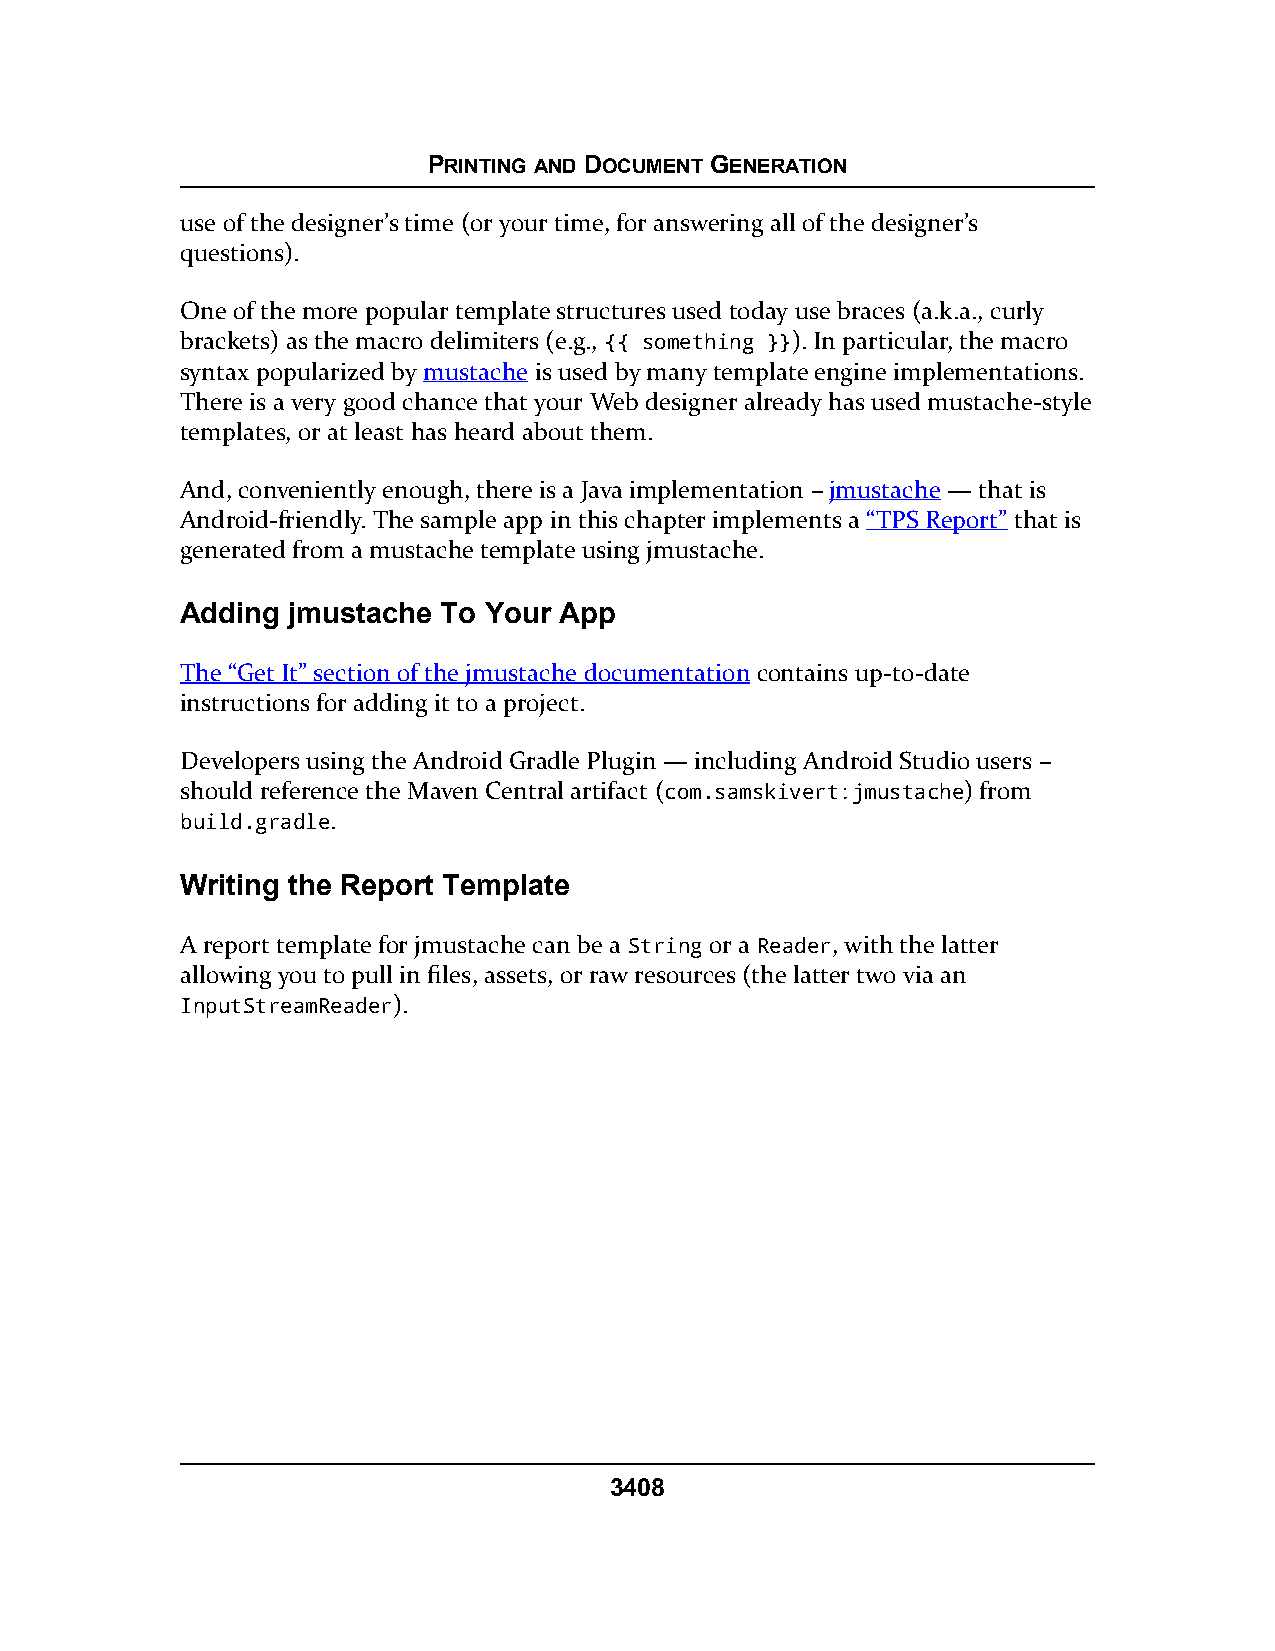
PRINTING AND DOCUMENT GENERATION
 use of the designer’s time (or your time, for answering all of the designer’s
 questions).
 One of the more popular template structures used today use braces (a.k.a., curly
 brackets) as the macro delimiters (e.g., {{ something }}). In particular, the macro
 syntax popularized by mustache is used by many template engine implementations.
 There is a very good chance that your Web designer already has used mustache-style
 templates, or at least has heard about them.
 And, conveniently enough, there is a Java implementation – jmustache — that is
 Android-friendly. The sample app in this chapter implements a “TPS Report” that is
 generated from a mustache template using jmustache.
 Adding jmustache To Your App
 The “Get It” section of the jmustache documentation contains up-to-date
 instructions for adding it to a project.
 Developers using the Android Gradle Plugin — including Android Studio users –
 should reference the Maven Central artifact (com.samskivert:jmustache) from
 build.gradle.
 Writing the Report Template
 A report template for jmustache can be a String or a Reader, with the latter
 allowing you to pull in files, assets, or raw resources (the latter two via an
 InputStreamReader).
 3408